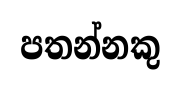
පතන්නකු